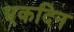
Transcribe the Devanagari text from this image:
एकदिन